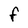
Character: F